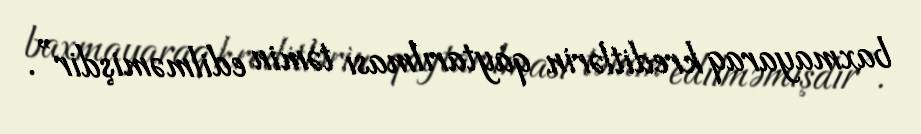
baxmayaraq kreditlərin qaytarılması təmin edilməmişdir”.